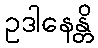
ဥဒါနေန္တိ